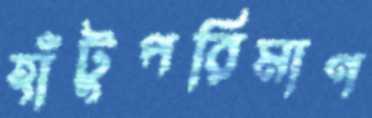
হাঁটুপরিমাণ